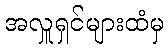
အလှူရှင်များထံမှ